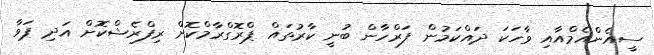
ސީއެންއެމްއާއި ވާހަކަ ދައްކަމުން ފަރްހާން ބުނީ ކާރުތައް ޕްރޮގްރާމްކޮށް ރިފްރެޝްކޮށް އަދި ޕަވާ